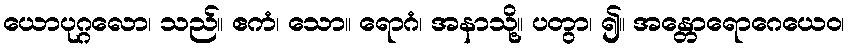
ယောပုဂ္ဂလော၊ သည်။ ဧကံ၊ သော။ ရောဂံ၊ အနာသို့။ ပတွာ၊ ၍။ အန္တောရောဂေယေဝ၊